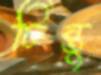
টিন্তু